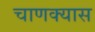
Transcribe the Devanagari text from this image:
चाणक्यास